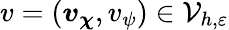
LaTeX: v=(\boldsymbol{v}_{\boldsymbol{\chi}},v_{\psi})\in\mathcal{V}_{h,\varepsilon}